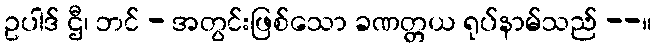
ဥပါဒ် ဌီ၊ ဘင် - အတွင်းဖြစ်သော ခဏတ္တယ ရုပ်နာမ်သည် --။